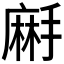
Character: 𪎚